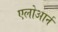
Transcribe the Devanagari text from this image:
एलोआर्न